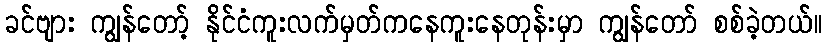
ခင်ဗျား ကျွန်တော့် နိုင်ငံကူးလက်မှတ်ကနေကူးနေတုန်းမှာ ကျွန်တော် စစ်ခဲ့တယ်။